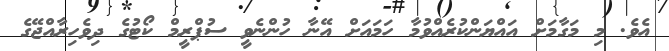
އެވެ. މި މަގާމަށް އައްޔަންކުރެއްވުމާ ހަމައަށް އޭނާ ހުންނެވީ ސުޕްރީމް ކޯޓުގެ ދިވެހިރާއްޖޭގެ